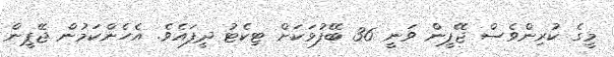
މީގެ ކުރިންވެސް ޖޭޕީން ވަނީ 36 ބޭފުޅަކަށް ޓިކެޓު ދީފައެވެ. އެހެންކަމުން ޖޭޕީން